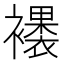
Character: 䙨